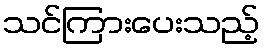
သင်ကြားပေးသည့်